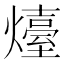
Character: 𤐽